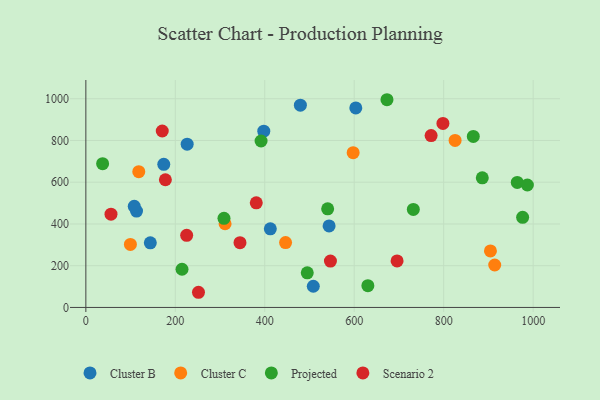
{"axis": {"x": "Ad Spend", "y": "Rating"}, "legend": ["Cluster B", "Cluster C", "Projected", "Scenario 2"], "data": [{"x": "113.3", "y": 462.0, "type": "Cluster B"}, {"x": "508.5", "y": 101.5, "type": "Cluster B"}, {"x": "226.5", "y": 782.3, "type": "Cluster B"}, {"x": "174.2", "y": 685.8, "type": "Cluster B"}, {"x": "479.6", "y": 969.1, "type": "Cluster B"}, {"x": "412.4", "y": 376.7, "type": "Cluster B"}, {"x": "543.8", "y": 390.8, "type": "Cluster B"}, {"x": "108.2", "y": 484.5, "type": "Cluster B"}, {"x": "397.8", "y": 844.4, "type": "Cluster B"}, {"x": "144.1", "y": 309.8, "type": "Cluster B"}, {"x": "603.5", "y": 955.8, "type": "Cluster B"}, {"x": "118.3", "y": 650.5, "type": "Cluster C"}, {"x": "904.5", "y": 270.8, "type": "Cluster C"}, {"x": "446.5", "y": 310.8, "type": "Cluster C"}, {"x": "914.1", "y": 203.5, "type": "Cluster C"}, {"x": "825.5", "y": 800.1, "type": "Cluster C"}, {"x": "311.3", "y": 401.1, "type": "Cluster C"}, {"x": "99.6", "y": 301.9, "type": "Cluster C"}, {"x": "597.6", "y": 741.7, "type": "Cluster C"}, {"x": "37.5", "y": 688.8, "type": "Projected"}, {"x": "732.1", "y": 469.6, "type": "Projected"}, {"x": "391.7", "y": 797.6, "type": "Projected"}, {"x": "308.8", "y": 427.0, "type": "Projected"}, {"x": "886.3", "y": 621.3, "type": "Projected"}, {"x": "495.0", "y": 165.8, "type": "Projected"}, {"x": "215.0", "y": 183.1, "type": "Projected"}, {"x": "964.5", "y": 599.2, "type": "Projected"}, {"x": "866.2", "y": 819.6, "type": "Projected"}, {"x": "540.6", "y": 472.5, "type": "Projected"}, {"x": "987.1", "y": 586.8, "type": "Projected"}, {"x": "976.5", "y": 432.0, "type": "Projected"}, {"x": "673.2", "y": 995.3, "type": "Projected"}, {"x": "630.5", "y": 104.1, "type": "Projected"}, {"x": "695.8", "y": 222.9, "type": "Scenario 2"}, {"x": "381.0", "y": 501.2, "type": "Scenario 2"}, {"x": "344.6", "y": 310.4, "type": "Scenario 2"}, {"x": "225.4", "y": 345.7, "type": "Scenario 2"}, {"x": "177.8", "y": 611.9, "type": "Scenario 2"}, {"x": "546.8", "y": 222.1, "type": "Scenario 2"}, {"x": "170.8", "y": 845.4, "type": "Scenario 2"}, {"x": "251.8", "y": 72.7, "type": "Scenario 2"}, {"x": "771.9", "y": 823.5, "type": "Scenario 2"}, {"x": "56.2", "y": 446.9, "type": "Scenario 2"}, {"x": "798.3", "y": 881.9, "type": "Scenario 2"}]}